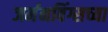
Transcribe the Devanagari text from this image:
जर्मनविंग्सच्या